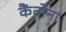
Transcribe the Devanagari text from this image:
कैंतोना